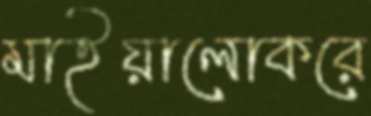
মাইয়ালোকরে